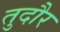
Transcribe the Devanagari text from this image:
तुदौर